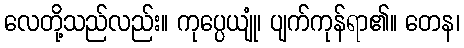
လေတို့သည်လည်း။ ကုပ္ပေယျုံ၊ ပျက်ကုန်ရာ၏။ တေန၊